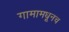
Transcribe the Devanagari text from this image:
गामामधूनच